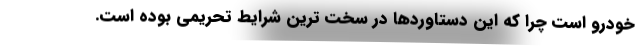
خودرو است چرا که این دستاوردها در سخت ترین شرایط تحریمی بوده است.